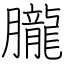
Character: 朧